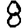
Digit: 8